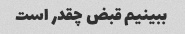
ببینیم قبض چقدر است